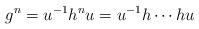
LaTeX: \begin{align*}g^n= u^{-1}h^n u= u^{-1}h\cdots h u\end{align*}